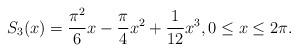
LaTeX: \begin{align*}S_3 (x) = \frac{\pi^2}{6} x - \frac{\pi}{4} x^2 + \frac{1}{12} x^3 , 0 \leq x \leq 2\pi .\end{align*}